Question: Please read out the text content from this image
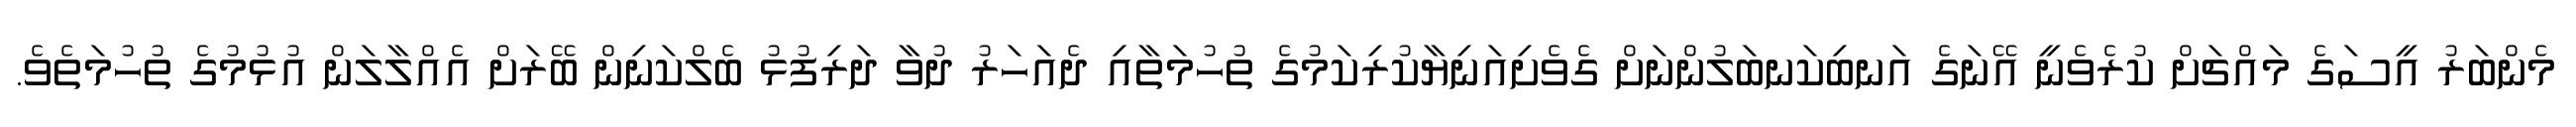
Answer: މެންބަރު އީސަގެ މައްޗަށް ކުރެވެނީ އޭނަގެ އަނބިކަނބަލުންނަށް ގެވެށިއަނިޔާކުރިކަމުގެ ތުހުމަތާއި ދެއަހަރު ދުވާ ދަރިފުޅު ބެލްކަނިން ބޭރަށް އެއްލާލަން އުޅުމުގެ ތުހުމަތެވެ.